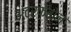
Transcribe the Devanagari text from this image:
अंटरफेरोन